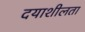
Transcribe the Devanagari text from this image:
दयाशीलता